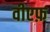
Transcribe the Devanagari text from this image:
वीएफ़